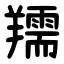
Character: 羺